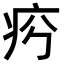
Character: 𤵏